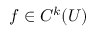
f \in C ^ { k } ( U )